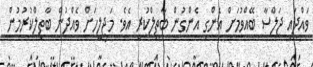
ވައްދައި ޖަލްސާ ބޭއްވުމަށް އެންގި އެންގުން ބާތިލްކުރީ އެވެ. މަޖިލީހަށް ވެއްދުން ބާތިލްކުރުމުން